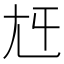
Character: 𡯍